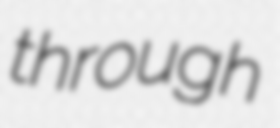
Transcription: through